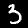
Digit: 3